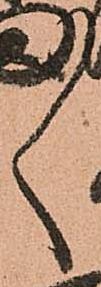
ゝ